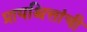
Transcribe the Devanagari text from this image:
प्रायश्चित्तांची